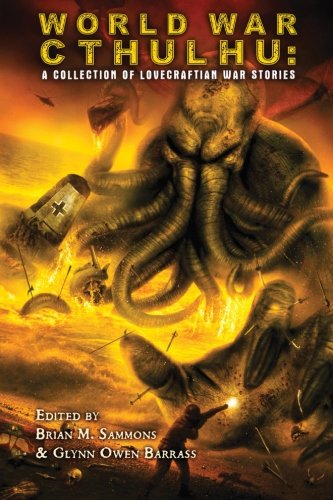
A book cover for World War Cthulhu: A Collection of Lovecraftian War Stories; Brian M. Sammons; Science Fiction & Fantasy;